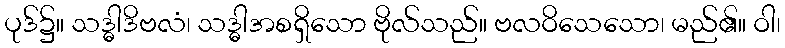
ပုဒ်၌။ သဒ္ဓါဒိဗလံ၊ သဒ္ဓါအစရှိသော ဗိုလ်သည်။ ဗလဝိသေသော၊ မည်၏။ ဝါ၊